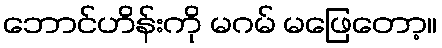
ဘောင်ဟိန်းကို မဂမ် မဖြေတော့။